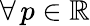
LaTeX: \forall\, p\in\mathbb{R}